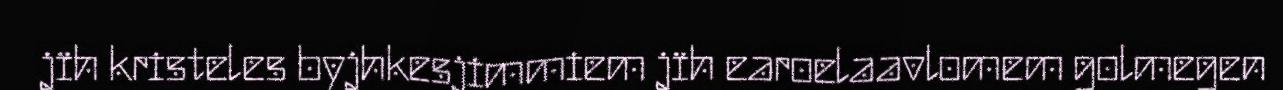
jïh kristeles byjhkesjimmiem jïh earoelaavlomem golmegen